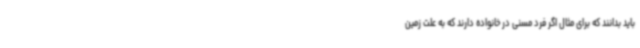
باید بدانند که برای مثال اگر فرد مسنی در خانواده دارند که به علت زمین